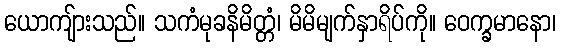
ယောကျ်ားသည်။ သကံမုခနိမိတ္တံ၊ မိမိမျက်နှာရိပ်ကို။ ဝေက္ခမာနော၊